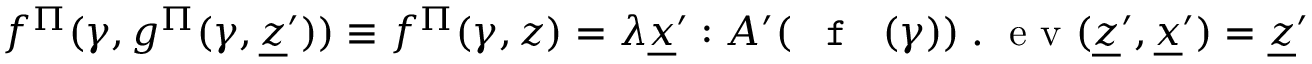
f ^ { \Pi } ( \gamma , g ^ { \Pi } ( \gamma , \underline { { z } } ^ { \prime } ) ) \equiv f ^ { \Pi } ( \gamma , z ) = \lambda \underline { { x } } ^ { \prime } : A ^ { \prime } ( \textnormal { \texttt { f } } ( \gamma ) ) \; . \; \textnormal { e v } ( \underline { { z } } ^ { \prime } , \underline { { x } } ^ { \prime } ) = \underline { { z } } ^ { \prime }